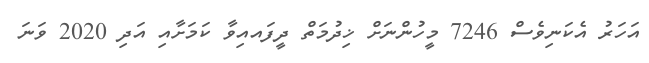
އަހަރު އެކަނިވެސް 7246 މީހުންނަށް ޚިދުމަތް ދީފައއިވާ ކަމަށާއި އަދި 2020 ވަނަ